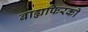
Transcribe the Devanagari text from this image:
बाह्यफिरकी